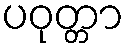
ပဝုတ္တာ